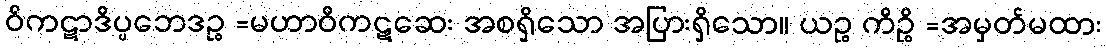
ဝိကဋာဒိပ္ပဘေဒဉ္စ =မဟာဝိကဋဆေး အစရှိသော အပြားရှိသော။ ယဉ္စ ကိဉ္စိ =အမှတ်မထား